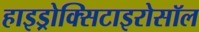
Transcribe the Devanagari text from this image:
हाइड्रोक्सिटाइरोसॉल